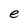
Character: e